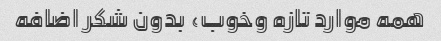
همه موارد تازه وخوب، بدون شکر اضافه